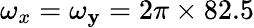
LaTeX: \omega_{x}=\omega_{\mathbf{y}}=2\pi\times82.5